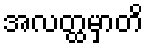
အလတ္ထမှာတိ